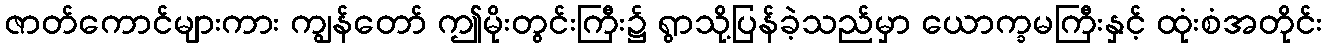
ဇာတ်ကောင်များကား ကျွန်တော် ဤမိုးတွင်းကြီး၌ ရွာသို့ပြန်ခဲ့သည်မှာ ယောက္ခမကြီးနှင့် ထုံးစံအတိုင်း